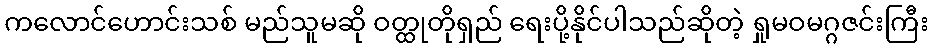
ကလောင်ဟောင်းသစ် မည်သူမဆို ဝတ္ထုတိုရှည် ရေးပို့နိုင်ပါသည်ဆိုတဲ့ ရှုမဝမဂ္ဂဇင်းကြီး